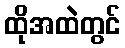
ထိုအထဲတွင်